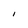
Character: l